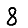
Digit: 8